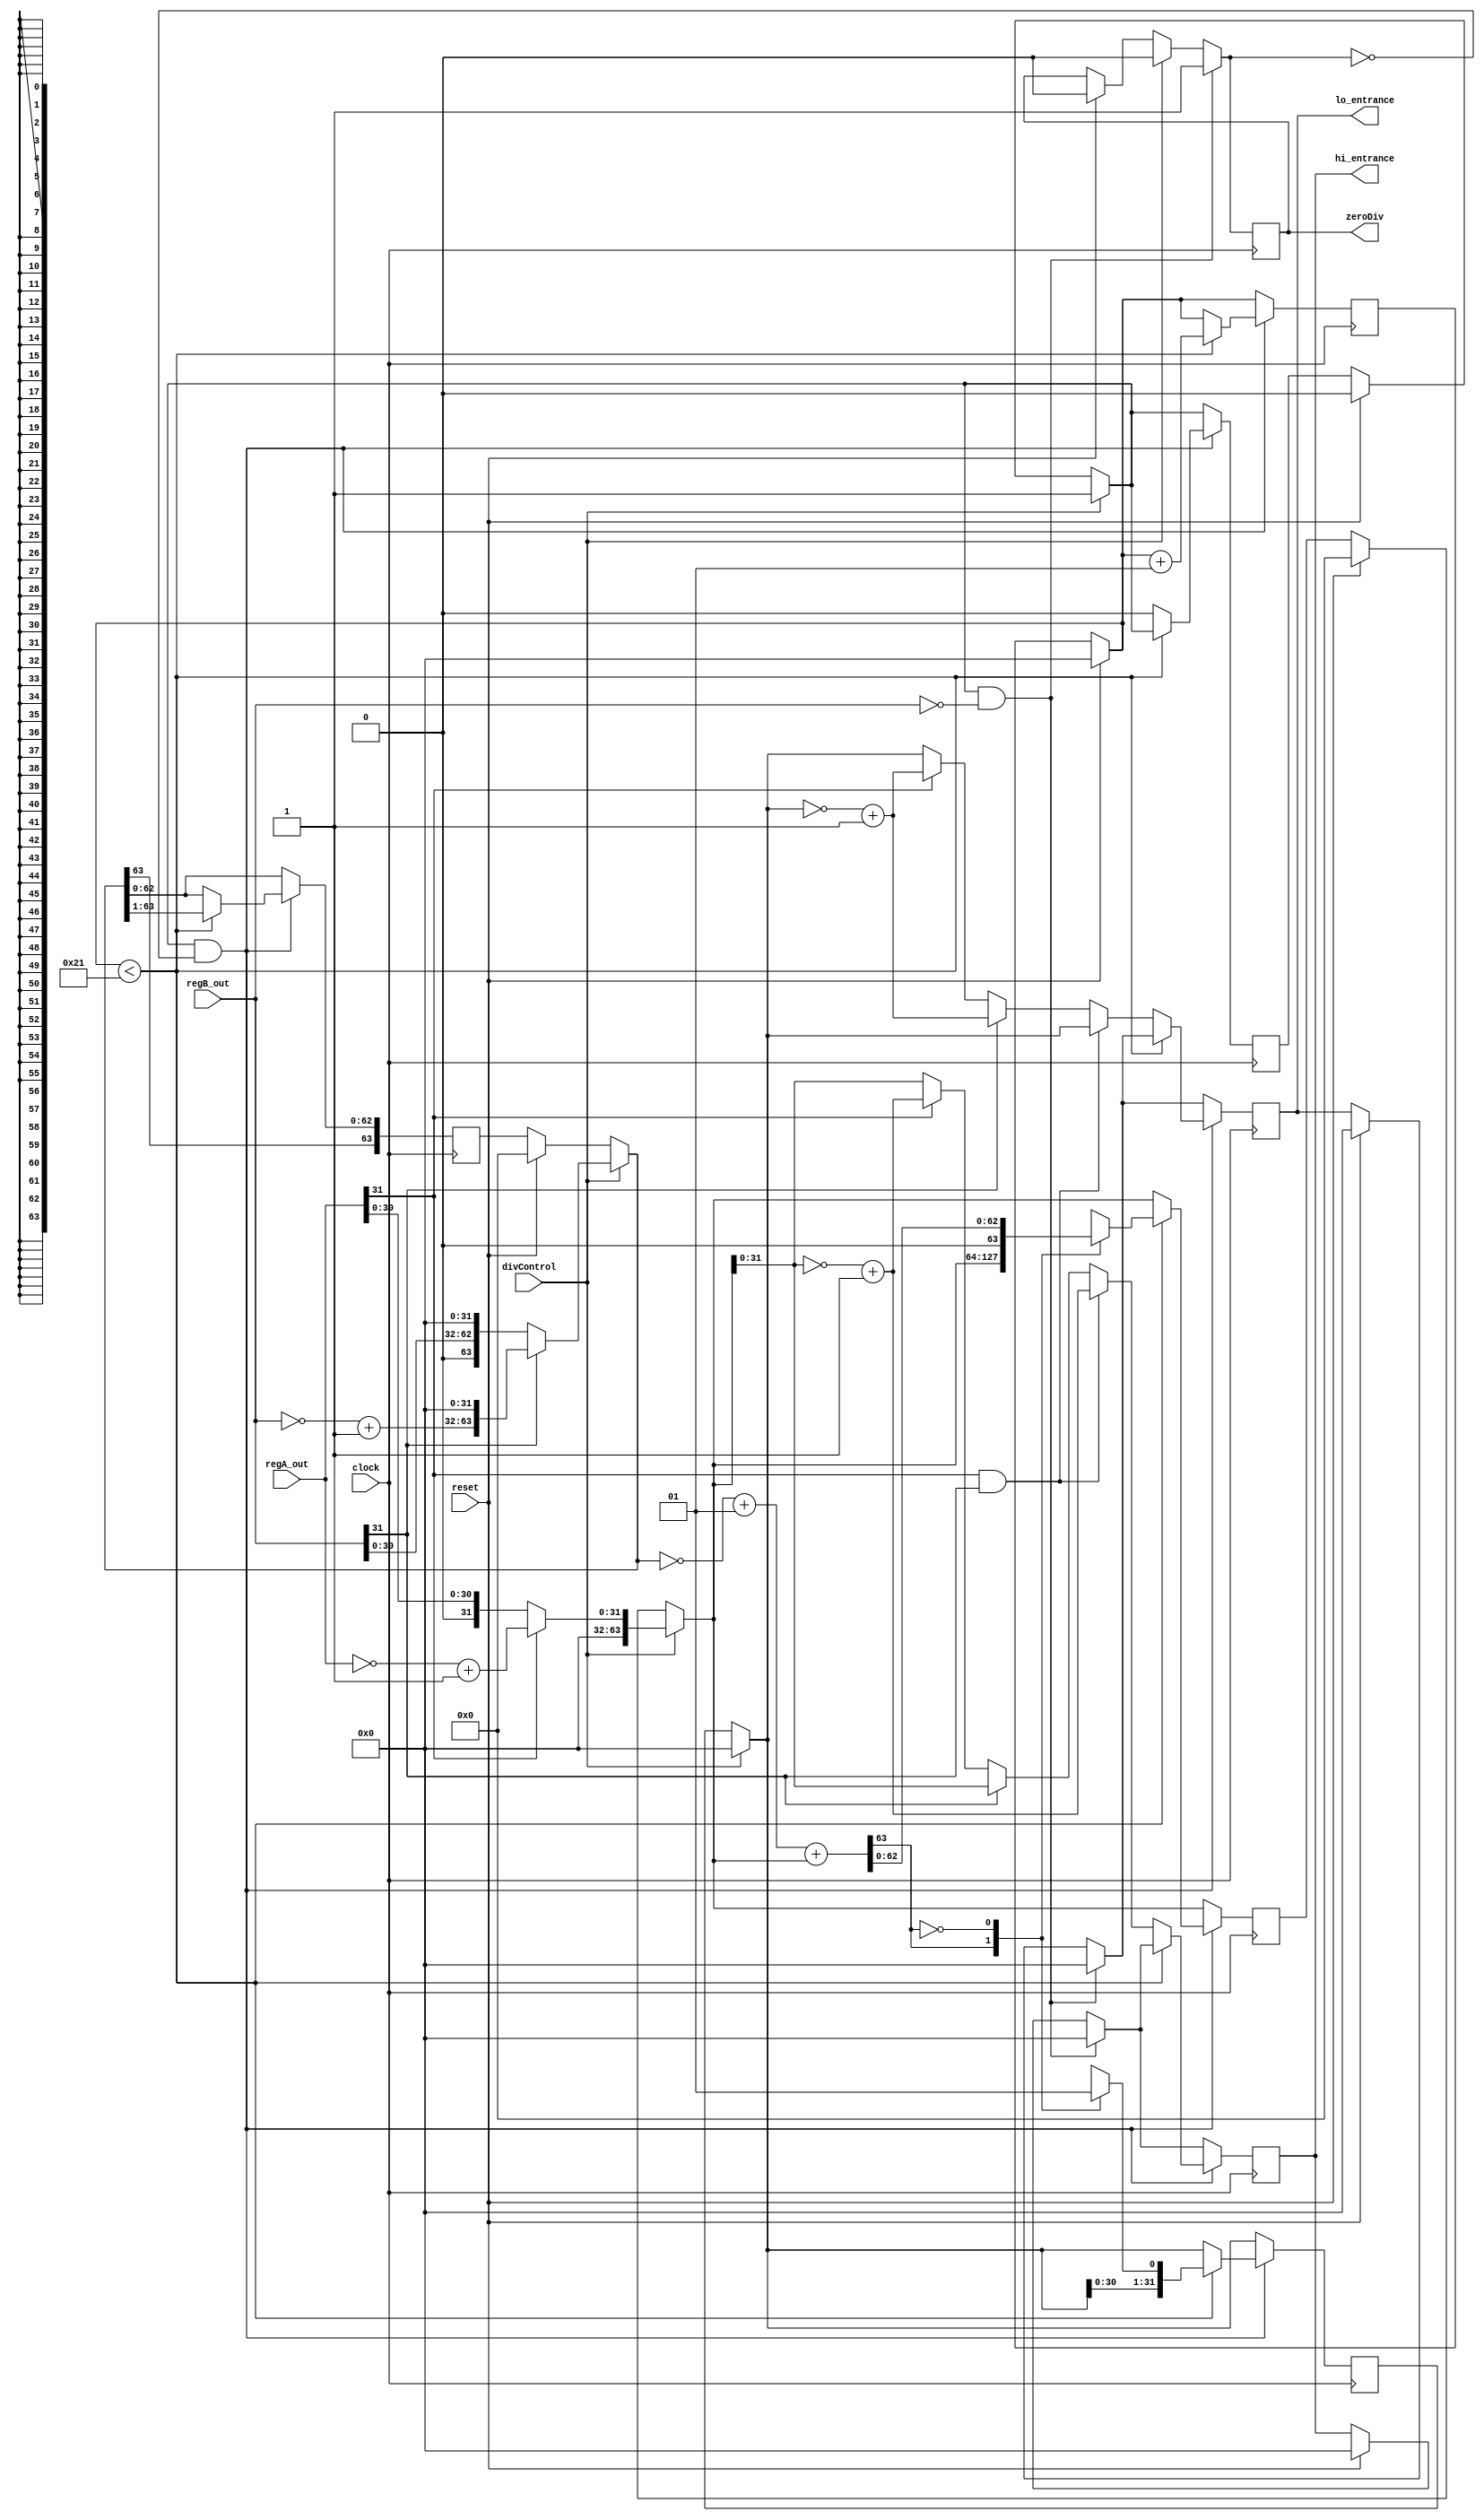
module div (
    input wire [31:0] regA_out,
    input wire [31:0] regB_out,
    input wire clock,
    input wire reset,
    input wire divControl,
    output reg zeroDiv,
    output reg [31:0] hi_entrance,
    output reg [31:0] lo_entrance
);

reg signed[63:0] Divisor;
reg signed[63:0] Resto;
reg signed[63:0] RestoAux;
reg signed[31:0] Quociente;
reg ativado;
integer Ciclos;
reg[31:0] aux;
reg[31:0] aux1;
 
initial begin
ativado = 1'b0;
Ciclos = 0;
end
 
always @(posedge clock) begin
        if (reset == 1) begin
                hi_entrance = 32'b0;
                lo_entrance = 32'b0;
                Resto = 64'b0;
                Divisor = 64'b0;
                Ciclos = 0;
                RestoAux = 64'b0;
                ativado = 1'b0;
                zeroDiv = 1'b0;
                end
        if (divControl == 1) begin
                zeroDiv = 0;
                Divisor = {regB_out,32'b0};
                Resto = {32'b0,regA_out};
                RestoAux = 64'b0;
                Quociente = 32'b0;
                ativado = 1'b1;
                if (regB_out[31] == 1'b1) begin
                        aux = ~regB_out + 1;
                        Divisor = {aux, 32'b0};
                        end
                if (regA_out[31] == 1'b1) begin
                        aux1 = ~regA_out + 1;
                        Resto = {32'b0,aux1};
                        end
                end
        if(ativado && regB_out == 32'b0) begin
                zeroDiv = 1'b1;
                hi_entrance = 32'b0;
                lo_entrance = 32'b0;
                end
        if (ativado == 1'b1 && zeroDiv == 1'b0) begin             
                if (Ciclos < 33) begin
                        RestoAux = ~Divisor + 1;
                        Ciclos = Ciclos + 1;
                        RestoAux = RestoAux + Resto;
                        case(RestoAux[63])
                                        1'b1: begin
                                                Quociente = Quociente <<< 1;                                             
                                                Divisor = Divisor >>> 1;
                                                Quociente[0] = 1'b0;
                                                end
                                        1'b0: begin
                                                Quociente = Quociente <<< 1;
                                                Resto = RestoAux;
                                                Divisor = Divisor >>> 1;
                                                Quociente[0] = 1'b1;
                                                end
                                endcase
                        end
                else begin                     
                        hi_entrance = Resto;
                        lo_entrance = Quociente;
                        ativado = 1'b0;
                        if (regA_out[31] == 1'b1 && regB_out[31] == 1'b1) begin
                                hi_entrance = ~hi_entrance + 1;
                                end
                        else if (regB_out[31] == 1'b1) begin
                                lo_entrance = ~lo_entrance+ 1;
                                end
                        else if (regA_out[31] == 1'b1) begin
                                hi_entrance = ~hi_entrance + 1;
                                lo_entrance= ~lo_entrance + 1;
                                end
                        end
                end
        end
    
endmodule